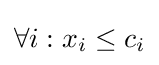
\forall i:x_{i}\leq c_{i}